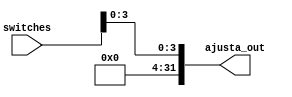
module ajusta_bits

(
	switches,
	ajusta_out
);

input [6:0] switches;
output reg [31:0] ajusta_out;

always@ (*) begin	
	ajusta_out = {{28{1'b0}}, switches[3:0]}; 
	end
endmodule